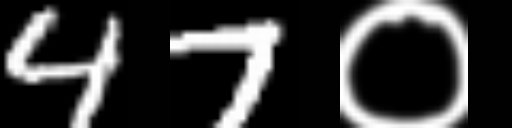
Text: 47०